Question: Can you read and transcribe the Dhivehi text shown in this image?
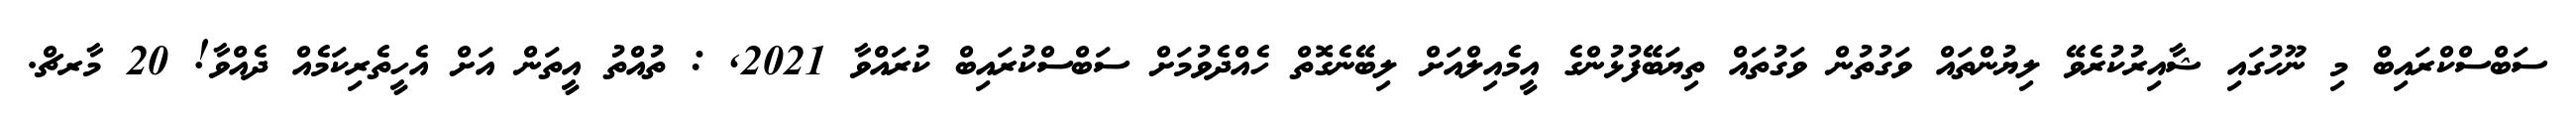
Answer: ސަބްސްކްރައިބް މި ނޫހުގައި ޝާއިރުކުރެވޭ ލިޔުންތައް ވަގުތުން ވަގުތައް ތިޔަބޭފުޅުންގެ އީމެއިލްއަށް ލިބޭނެގޮތް ހެއްދެވުމަށް ސަބްސްކުރައިބް ކުރައްވާ 2021, : ތުއްތު އީތަން އަށް އެހީތެރިކަމެއް ދެއްވާ! 20 މާރޗް.